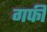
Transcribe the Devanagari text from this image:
गफी